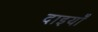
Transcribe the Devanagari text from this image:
दाइयाँ